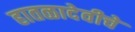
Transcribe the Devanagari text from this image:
हातळादेवीचे